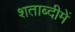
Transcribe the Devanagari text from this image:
शताब्‍दीमें